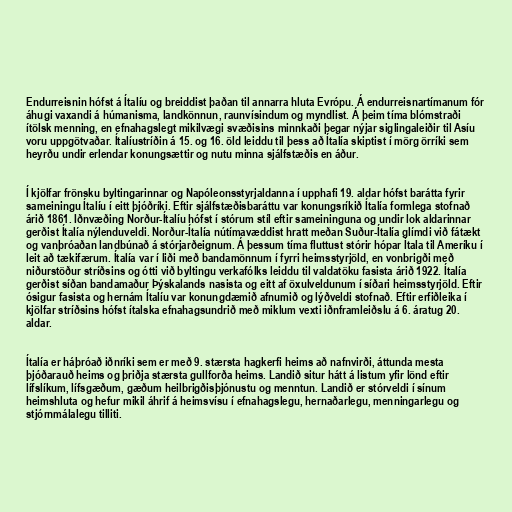
Endurreisnin hófst á Ítalíu og breiddist þaðan til annarra hluta Evrópu. Á endurreisnartímanum fór
áhugi vaxandi á húmanisma, landkönnun, raunvísindum og myndlist. Á þeim tíma blómstraði
ítölsk menning, en efnahagslegt mikilvægi svæðisins minnkaði þegar nýjar siglingaleiðir til Asíu
voru uppgötvaðar. Ítalíustríðin á 15. og 16. öld leiddu til þess að Ítalía skiptist í mörg örríki sem
heyrðu undir erlendar konungsættir og nutu minna sjálfstæðis en áður.

Í kjölfar frönsku byltingarinnar og Napóleonsstyrjaldanna í upphafi 19. aldar hófst barátta fyrir
sameiningu Ítalíu í eitt þjóðríki. Eftir sjálfstæðisbaráttu var konungsríkið Ítalía formlega stofnað
árið 1861. Iðnvæðing Norður-Ítalíu hófst í stórum stíl eftir sameininguna og undir lok aldarinnar
gerðist Ítalía nýlenduveldi. Norður-Ítalía nútímavæddist hratt meðan Suður-Ítalía glímdi við fátækt
og vanþróaðan landbúnað á stórjarðeignum. Á þessum tíma fluttust stórir hópar Ítala til Ameríku í
leit að tækifærum. Ítalía var í liði með bandamönnum í fyrri heimsstyrjöld, en vonbrigði með
niðurstöður stríðsins og ótti við byltingu verkafólks leiddu til valdatöku fasista árið 1922. Ítalía
gerðist síðan bandamaður Þýskalands nasista og eitt af öxulveldunum í síðari heimsstyrjöld. Eftir
ósigur fasista og hernám Ítalíu var konungdæmið afnumið og lýðveldi stofnað. Eftir erfiðleika í
kjölfar stríðsins hófst ítalska efnahagsundrið með miklum vexti iðnframleiðslu á 6. áratug 20.
aldar.

Ítalía er háþróað iðnríki sem er með 9. stærsta hagkerfi heims að nafnvirði, áttunda mesta
þjóðarauð heims og þriðja stærsta gullforða heims. Landið situr hátt á listum yfir lönd eftir
lífslíkum, lífsgæðum, gæðum heilbrigðisþjónustu og menntun. Landið er stórveldi í sínum
heimshluta og hefur mikil áhrif á heimsvísu í efnahagslegu, hernaðarlegu, menningarlegu og
stjórnmálalegu tilliti.